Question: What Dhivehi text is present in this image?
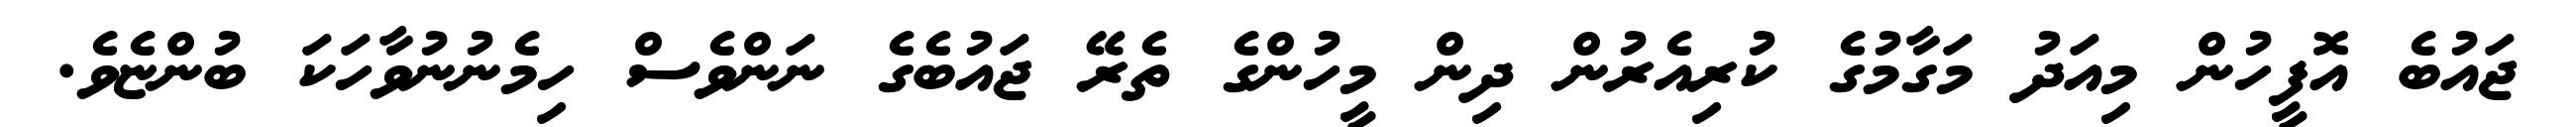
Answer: ޖައުބެ އޮފީހުން މިއަދު މަގާމުގެ ކުރިއެރުން ދިން މީހުންގެ ތެރޭ ޖައުބެގެ ނަންވެސް ހިމެނުނުވާހަކަ ބުންޏެވެ.